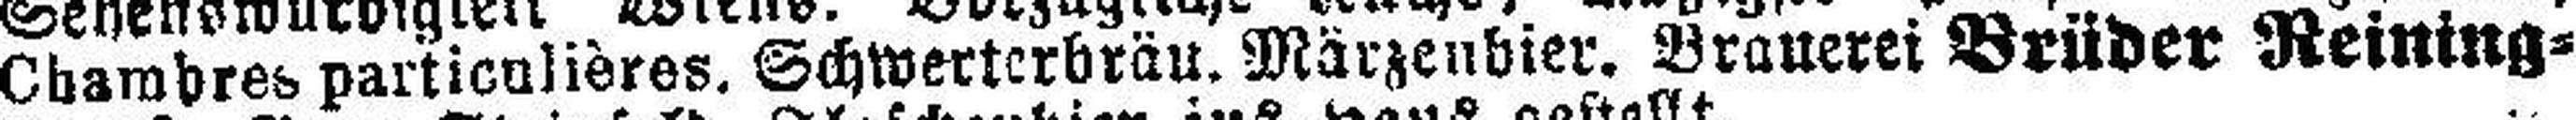
Chambres particulières. Schwerterbräu. Märzenbier. Brauerei Brüder Reining¬